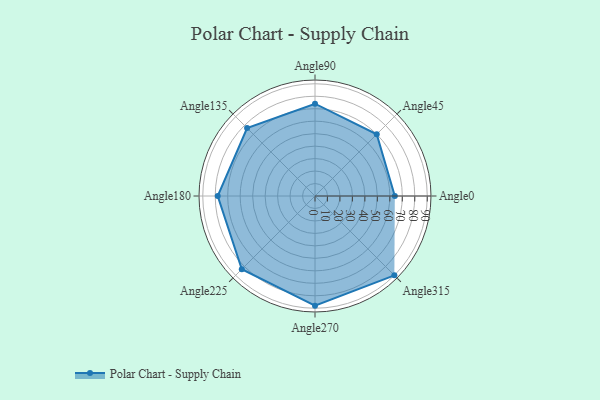
{"axis": {"x": "Angle", "y": "Radius"}, "legend": [""], "data": [{"x": "Angle0", "y": 64.0, "type": ""}, {"x": "Angle45", "y": 70.0, "type": ""}, {"x": "Angle90", "y": 74.0, "type": ""}, {"x": "Angle135", "y": 77.0, "type": ""}, {"x": "Angle180", "y": 78.0, "type": ""}, {"x": "Angle225", "y": 83.0, "type": ""}, {"x": "Angle270", "y": 88.0, "type": ""}, {"x": "Angle315", "y": 90.0, "type": ""}]}